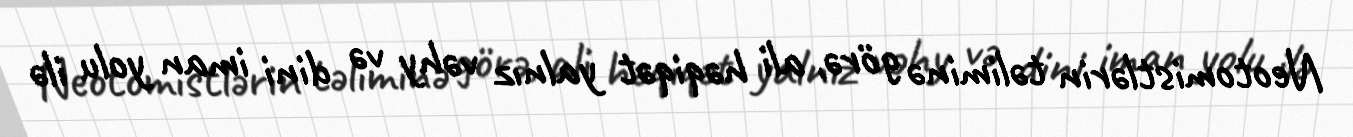
Neotomistlərin təliminə görə, ali həqiqət yalnız vəhy və dini iman yolu ilə